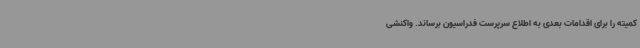
کمیته را برای اقدامات بعدی به اطلاع سرپرست فدراسیون برساند. واکنشی